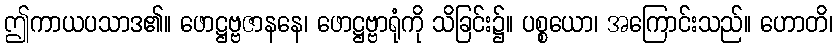
ဤကာယပသာဒ၏။ ဖောဋ္ဌဗ္ဗဇာနနေ၊ ဖောဋ္ဌဗ္ဗာရုံကို သိခြင်း၌။ ပစ္စယော၊ အကြောင်းသည်။ ဟောတိ၊